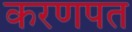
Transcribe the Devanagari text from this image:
करणपत